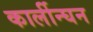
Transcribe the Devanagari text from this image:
कार्लीन्घन